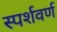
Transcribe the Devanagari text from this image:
स्पर्शवर्ण